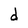
Character: d